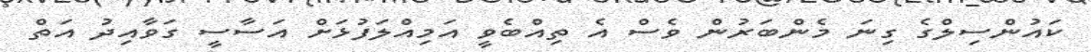
ކައުންސިލްގެ ގިނަ މެންބަރުން ވެސް އެ ތިއްބެވީ އަމިއްލަފުޅަށް އަސާސީ ގަވާއިދު އަތް